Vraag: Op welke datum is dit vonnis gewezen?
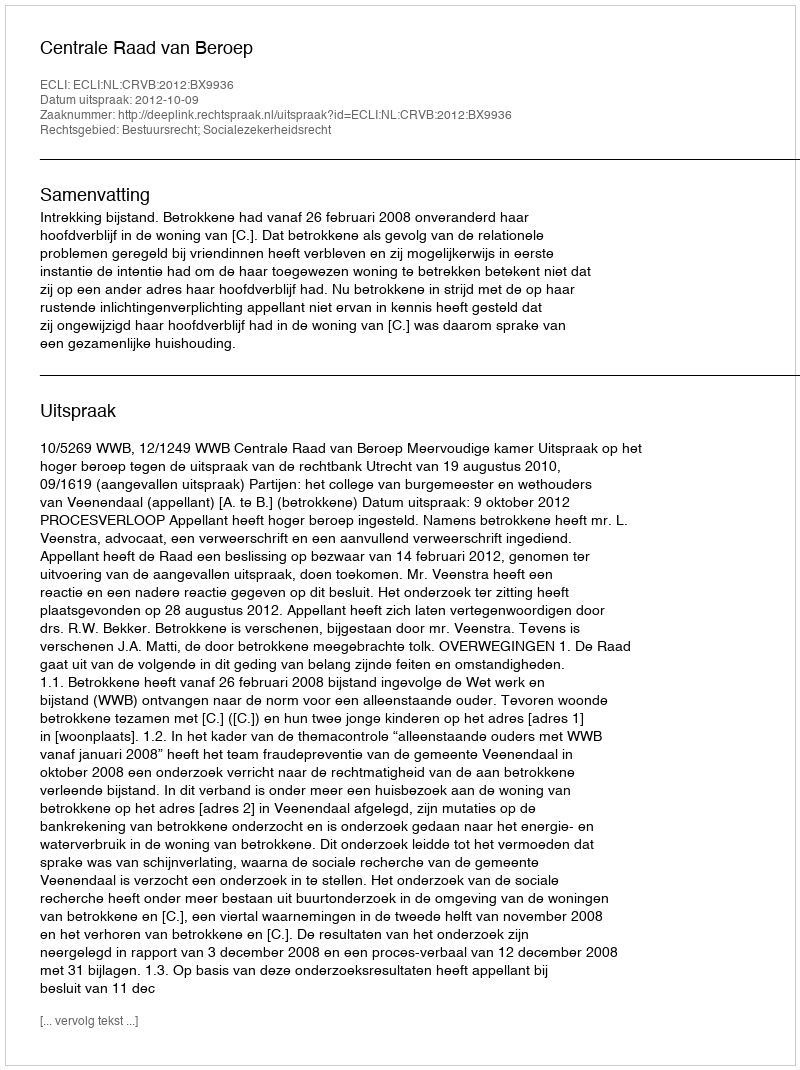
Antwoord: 2012-10-09